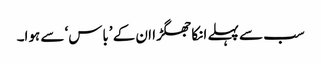
سب سے پہلے انکا جھگڑا ان کے ’باس‘ سے ہوا۔